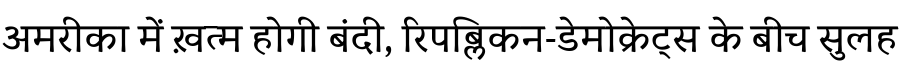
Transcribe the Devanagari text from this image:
अमरीका में ख़त्म होगी बंदी, रिपब्लिकन-डेमोक्रेट्स के बीच सुलह